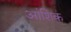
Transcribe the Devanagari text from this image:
अांशिक